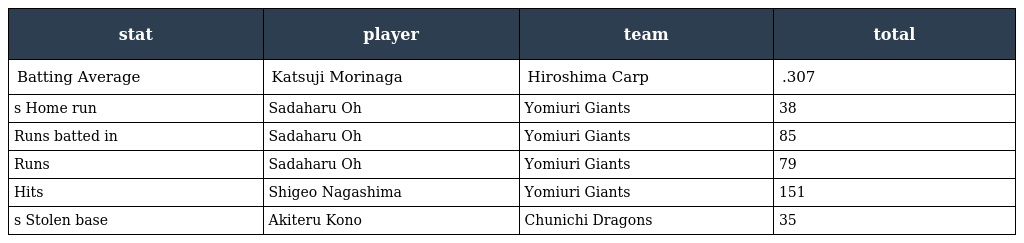
| stat | player | team | total |
 | --- | --- | --- | --- |
 | Batting Average | Katsuji Morinaga | Hiroshima Carp | .307 |
 | s Home run | Sadaharu Oh | Yomiuri Giants | 38 |
 | Runs batted in | Sadaharu Oh | Yomiuri Giants | 85 |
 | Runs | Sadaharu Oh | Yomiuri Giants | 79 |
 | Hits | Shigeo Nagashima | Yomiuri Giants | 151 |
 | s Stolen base | Akiteru Kono | Chunichi Dragons | 35 |